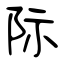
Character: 际